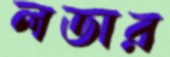
লডার